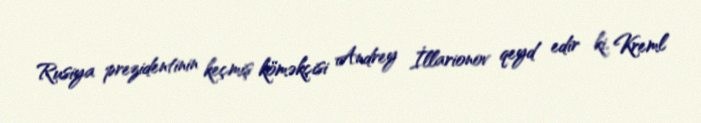
Rusiya prezidentinin keçmiş köməkçisi Andrey İllarionov qeyd edir ki, Kreml